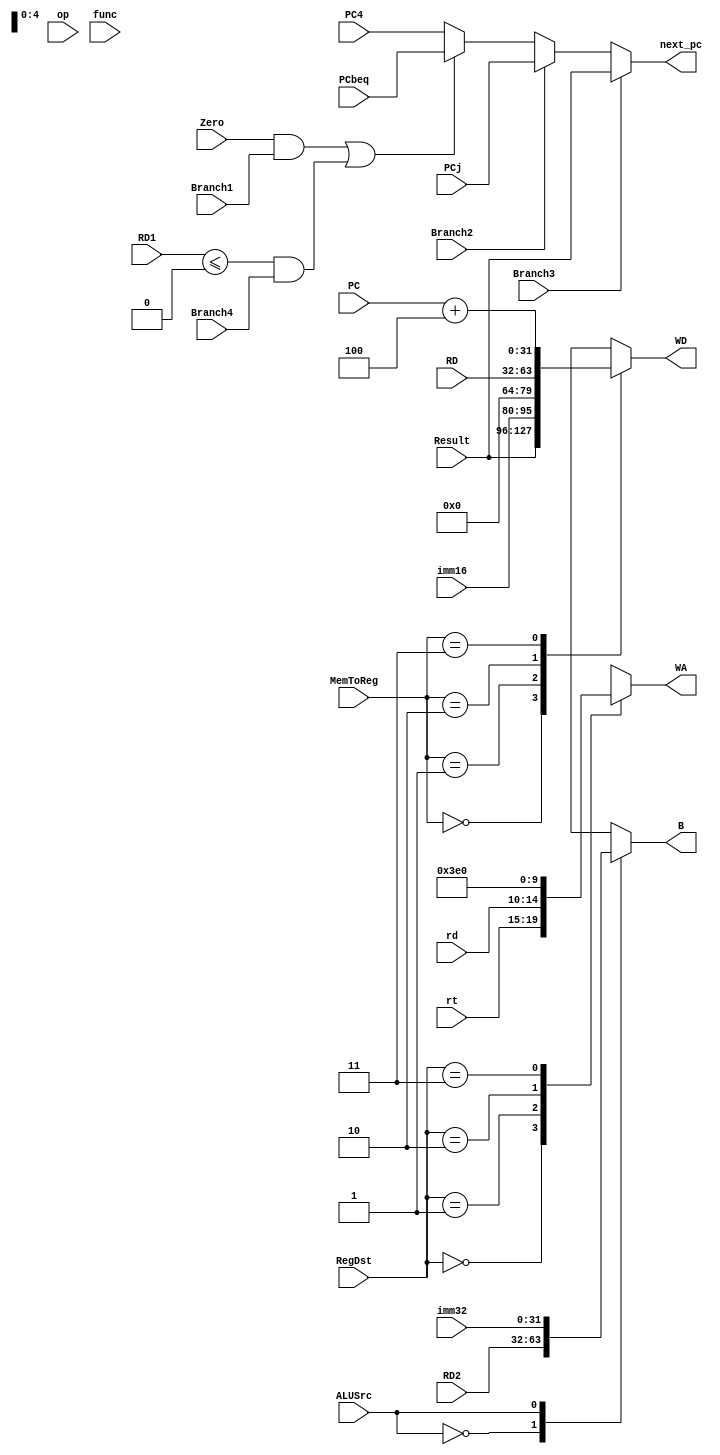
`timescale 1ns / 1ps
//////////////////////////////////////////////////////////////////////////////////
// Company: 
// Engineer: 
// 
// Design Name: 
// Module Name:    mux 
// Project Name: 
// Target Devices: 
// Tool versions: 
// Description: 
//
// Dependencies: 
//
// Revision: 
// Revision 0.01 - File Created
// Additional Comments: 
//
//////////////////////////////////////////////////////////////////////////////////
module mux(
	 input [4:0] rt,
    input [4:0] rd,
	 input [31:0] RD1,
    input [31:0] RD2,
    input [31:0] imm32,
    input [31:0] Result,
    input [15:0] imm16,
	 input [31:0] RD,
	 input [31:0] PC,
	 input [1:0] RegDst,
	 input ALUSrc,
	 input [1:0] MemToReg,
	 input [31:0] PC4,
	 input [31:0] PCbeq,
	 input [31:0] PCj,
	 input Zero,
	 input Branch1,
	 input Branch2,
	 input Branch3,
	 input Branch4,
	 input [5:0] op,
	 input [5:0] func,
    output reg[4:0] WA,
	 output reg[31:0] B,
	 output reg[31:0] WD,
	 output reg[31:0] next_pc
    );

	reg [31:0] Choice1;
	reg [31:0] Choice2;
	//wire Branch3 = !op[5]&&!op[4]&&!op[3]&&!op[2]&&!op[1]&&!op[0]&&!func[5]&&!func[4]&&func[3]&&!func[2]&&!func[1]&&!func[0];//001000  if_jr
	always@(*) begin
		case(RegDst) 
			2'b00: WA<=rt;
			2'b01: WA<=rd;
			2'b10: WA<=5'b11111;
			2'b11: WA<=0;
		endcase
		
		case(ALUSrc) 
			1'b0: B<=RD2;
			1'b1: B<=imm32;
		endcase
		
		case(MemToReg) 
			2'b00: WD<=Result;
			2'b01: WD<={imm16,{16{1'b0}}};
			2'b10: WD<=RD;
			2'b11: WD<=PC+4;
		endcase
		
		if(Zero&&Branch1||$signed(RD1)<=0&&Branch4) begin
			Choice1 <= PCbeq;
		end
		else begin
			Choice1 <= PC4;
		end
		if(Branch2) begin
			Choice2 <= PCj;
		end
		else begin
			Choice2 <= Choice1;
		end
		if(Branch3) begin
			next_pc <= Result;
		end
		else begin
			next_pc <= Choice2;
		end
	end
endmodule